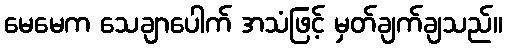
မေမေက သေချာပေါက် အသံဖြင့် မှတ်ချက်ချသည်။